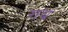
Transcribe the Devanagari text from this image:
गध